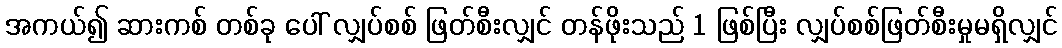
အကယ်၍ ဆားကစ် တစ်ခု ပေါ် လျှပ်စစ် ဖြတ်စီးလျှင် တန်ဖိုးသည် 1 ဖြစ်ပြီး လျှပ်စစ်ဖြတ်စီးမှုမရှိလျှင်